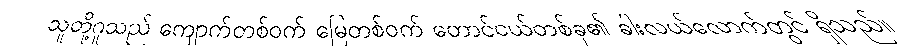
သူတို့ဂူသည် ကျောက်တစ်ဝက် မြေတစ်ဝက် တောင်ငယ်တစ်ခု၏ ခါးလယ်လောက်တွင် ရှိသည်။